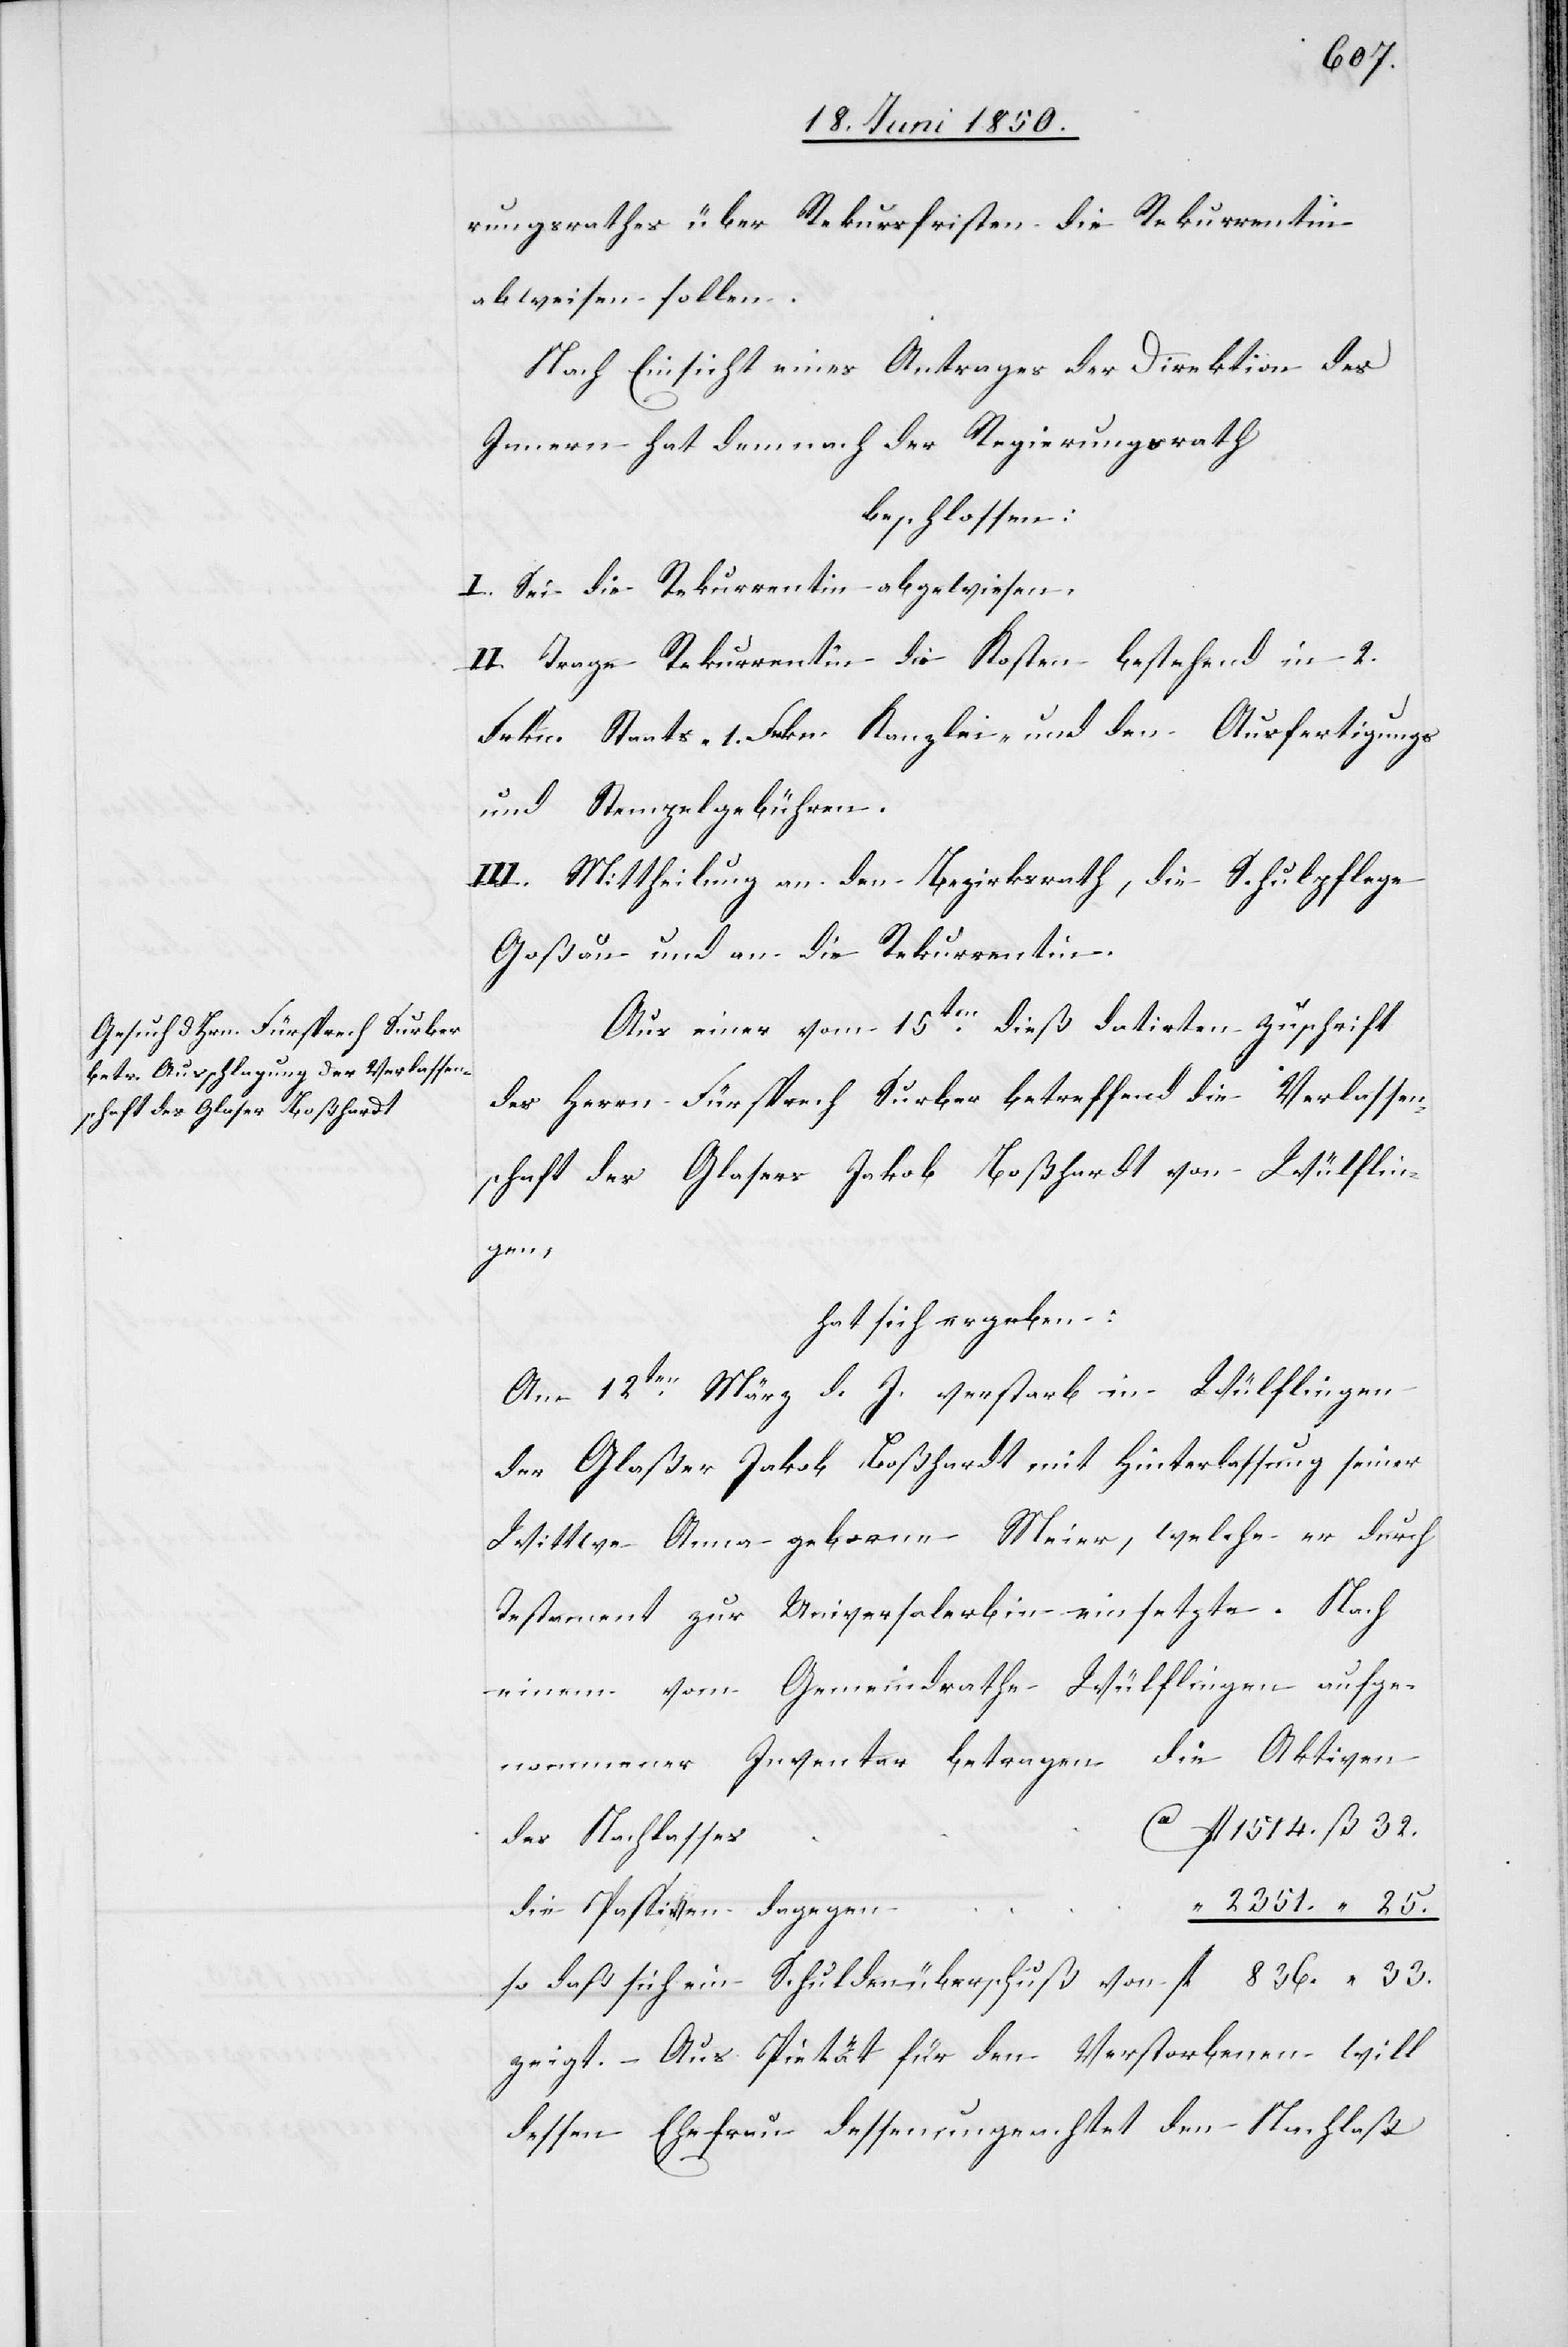
abweisen sollen.
Nach Einsicht eines Antrages der Direktion des
Innern hat demnach der Regierungsrath
beschlossen:
I. Sei die Rekurrentin abgewiesen.
II. Trage Rekurrentin die Kosten bestehend in 2.
Frkn. Staats- 1. Frkn. Kanzlei- und den Ausfertigungs
und Stempelgebühren.
III. Mittheilung an den Bezirksrath, die Schulpflege
Goßau und an die Rekurrentin.
Aus einer vom 15ten dieß datirten Zuschrift
des Herrn Fürsprech Surber betreffend die Verlassen¬
schaft des Glasers Jakob Boßhardt von Wülflin¬
gen,
hat sich ergeben:
Am 12ten März d. J. verstarb in Wülflingen
der Glaßer Jakob Boßhardt mit Hinterlassung seiner
Wittwe Anna geborne Meier, welche er durch
Testament zur Universalerbin einsetzte. Nach
einem vom Gemeindrathe Wülflingen aufge¬
nommener Inventar betragen die Aktiven
des Nachlasses	Ca
die Passiven dagegen
so daß sich ein Schuldenüberschuß von			“ 836.	“ 33.
zeigt. – Aus Pietät für den Verstorbenen will
dessen Ehefrau dessenungeachtet den Nachlaß